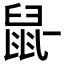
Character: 𫜢